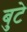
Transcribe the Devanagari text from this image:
बुटे